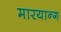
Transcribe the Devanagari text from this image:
मारयान्ग